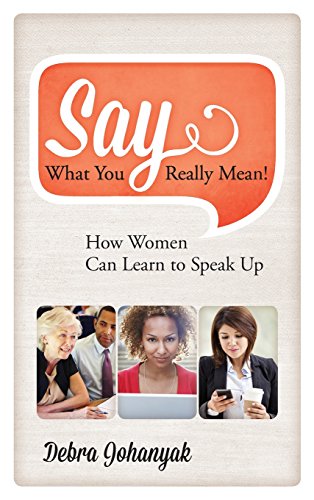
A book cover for Say What You Really Mean!: How Women Can Learn to Speak Up; Debra Johanyak; Self-Help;